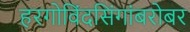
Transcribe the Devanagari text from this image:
हरगोविंदसिंगांबरोबर